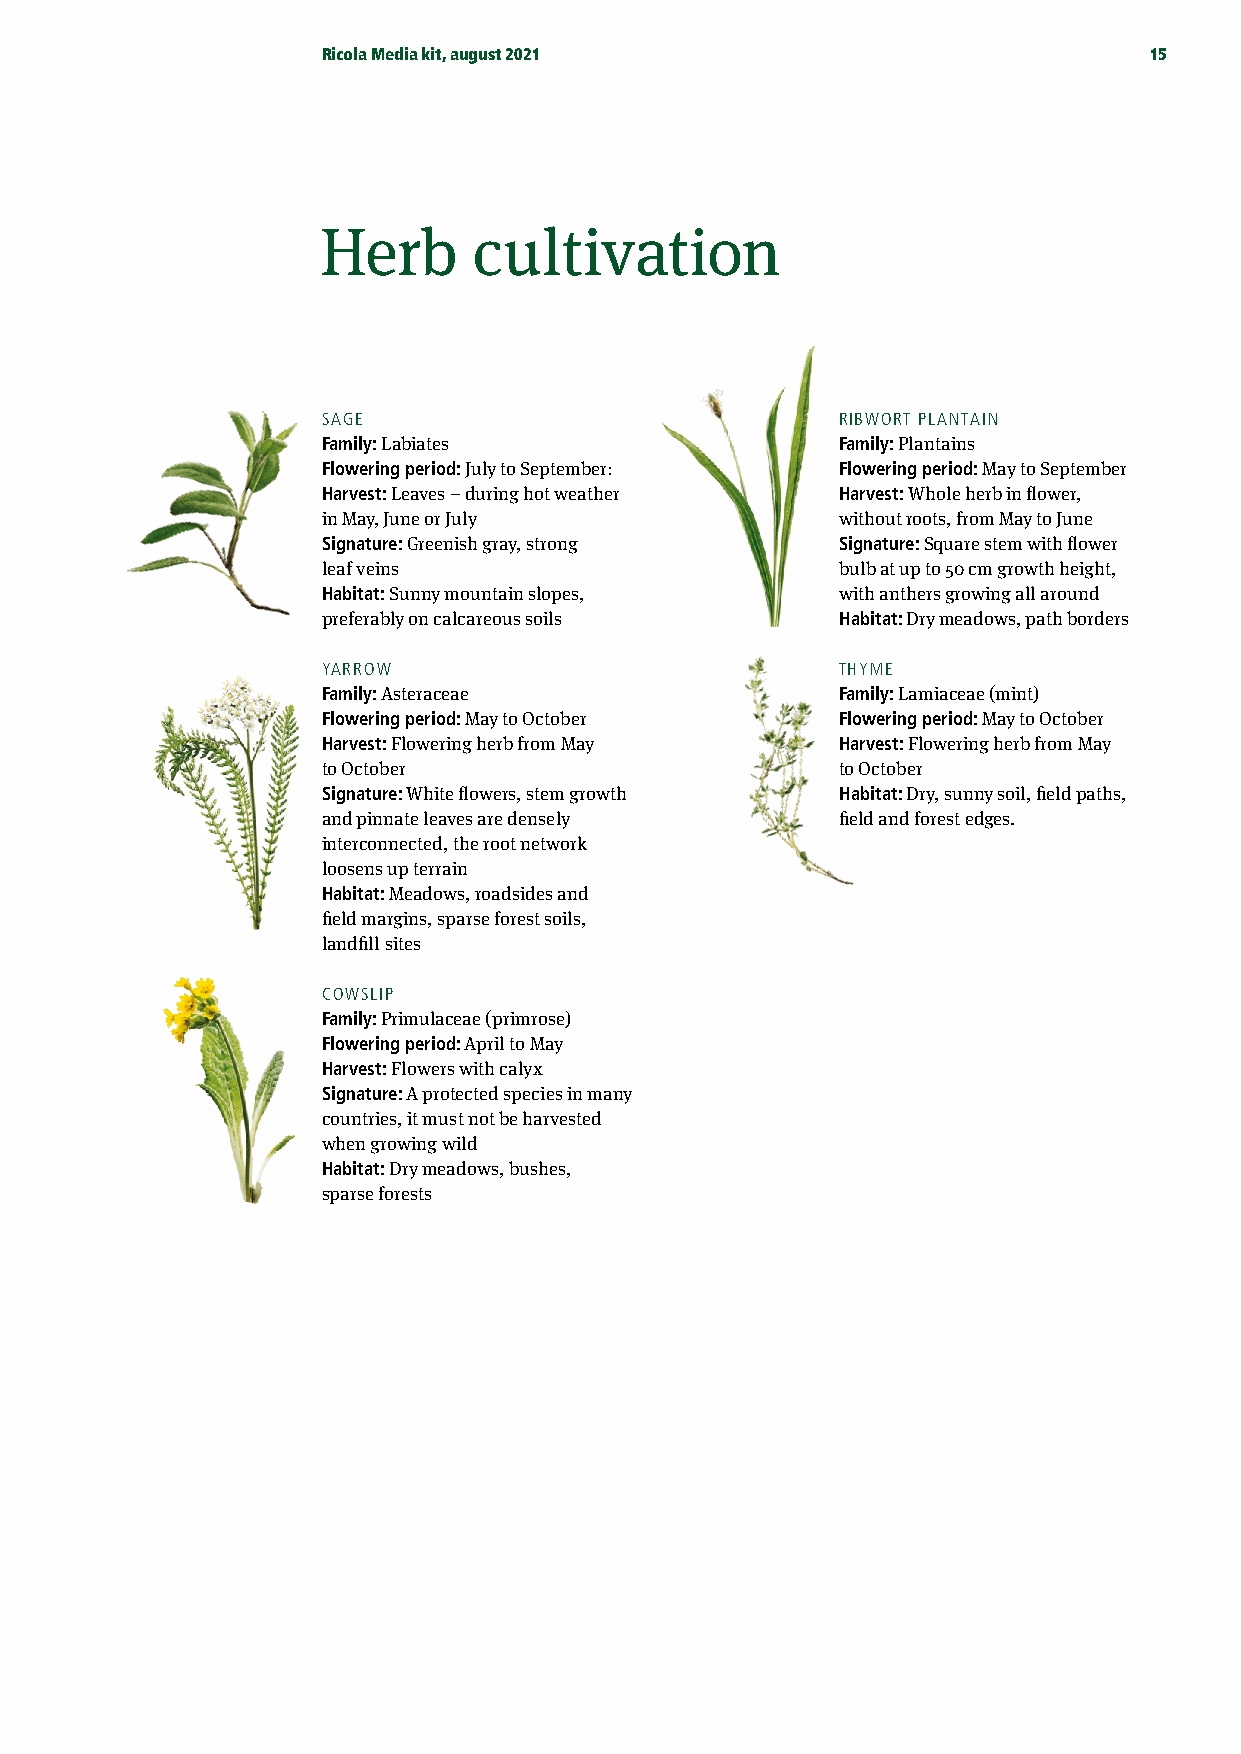
Ricola Media kit, august 2021                          15
 Herb      cultivation
 SAGE                               RIBWORT PLANTAIN
 Family: Labiates                   Family: Plantains
 Flowering period: July to September: Flowering period: May to September
 Harvest: Leaves – during hot weather Harvest: Whole herb in flower,
 in May, June or July               without roots, from May to June
 Signature: Greenish gray, strong   Signature: Square stem with flower
 leaf veins                         bulb at up to 50 cm growth height,
 Habitat: Sunny mountain slopes,    with anthers growing all around
 preferably on calcareous soils     Habitat: Dry meadows, path borders
 YARROW                             THYME
 Family: Asteraceae                 Family: Lamiaceae (mint)
 Flowering period: May to October   Flowering period: May to October
 Harvest: Flowering herb from May   Harvest: Flowering herb from May
 to October                         to October
 Signature: White flowers, stem growth Habitat: Dry, sunny soil, field paths,
 and pinnate leaves are densely     field and forest edges.
 interconnected, the root network
 loosens up terrain
 Habitat: Meadows, roadsides and
 field margins, sparse forest soils,
 landfill sites
 COWSLIP
 Family: Primulaceae (primrose)
 Flowering period: April to May
 Harvest: Flowers with calyx
 Signature: A protected species in many
 countries, it must not be harvested
 when growing wild
 Habitat: Dry meadows, bushes,
 sparse forests